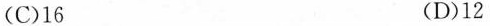
(C)16 (D)12